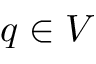
q \in V